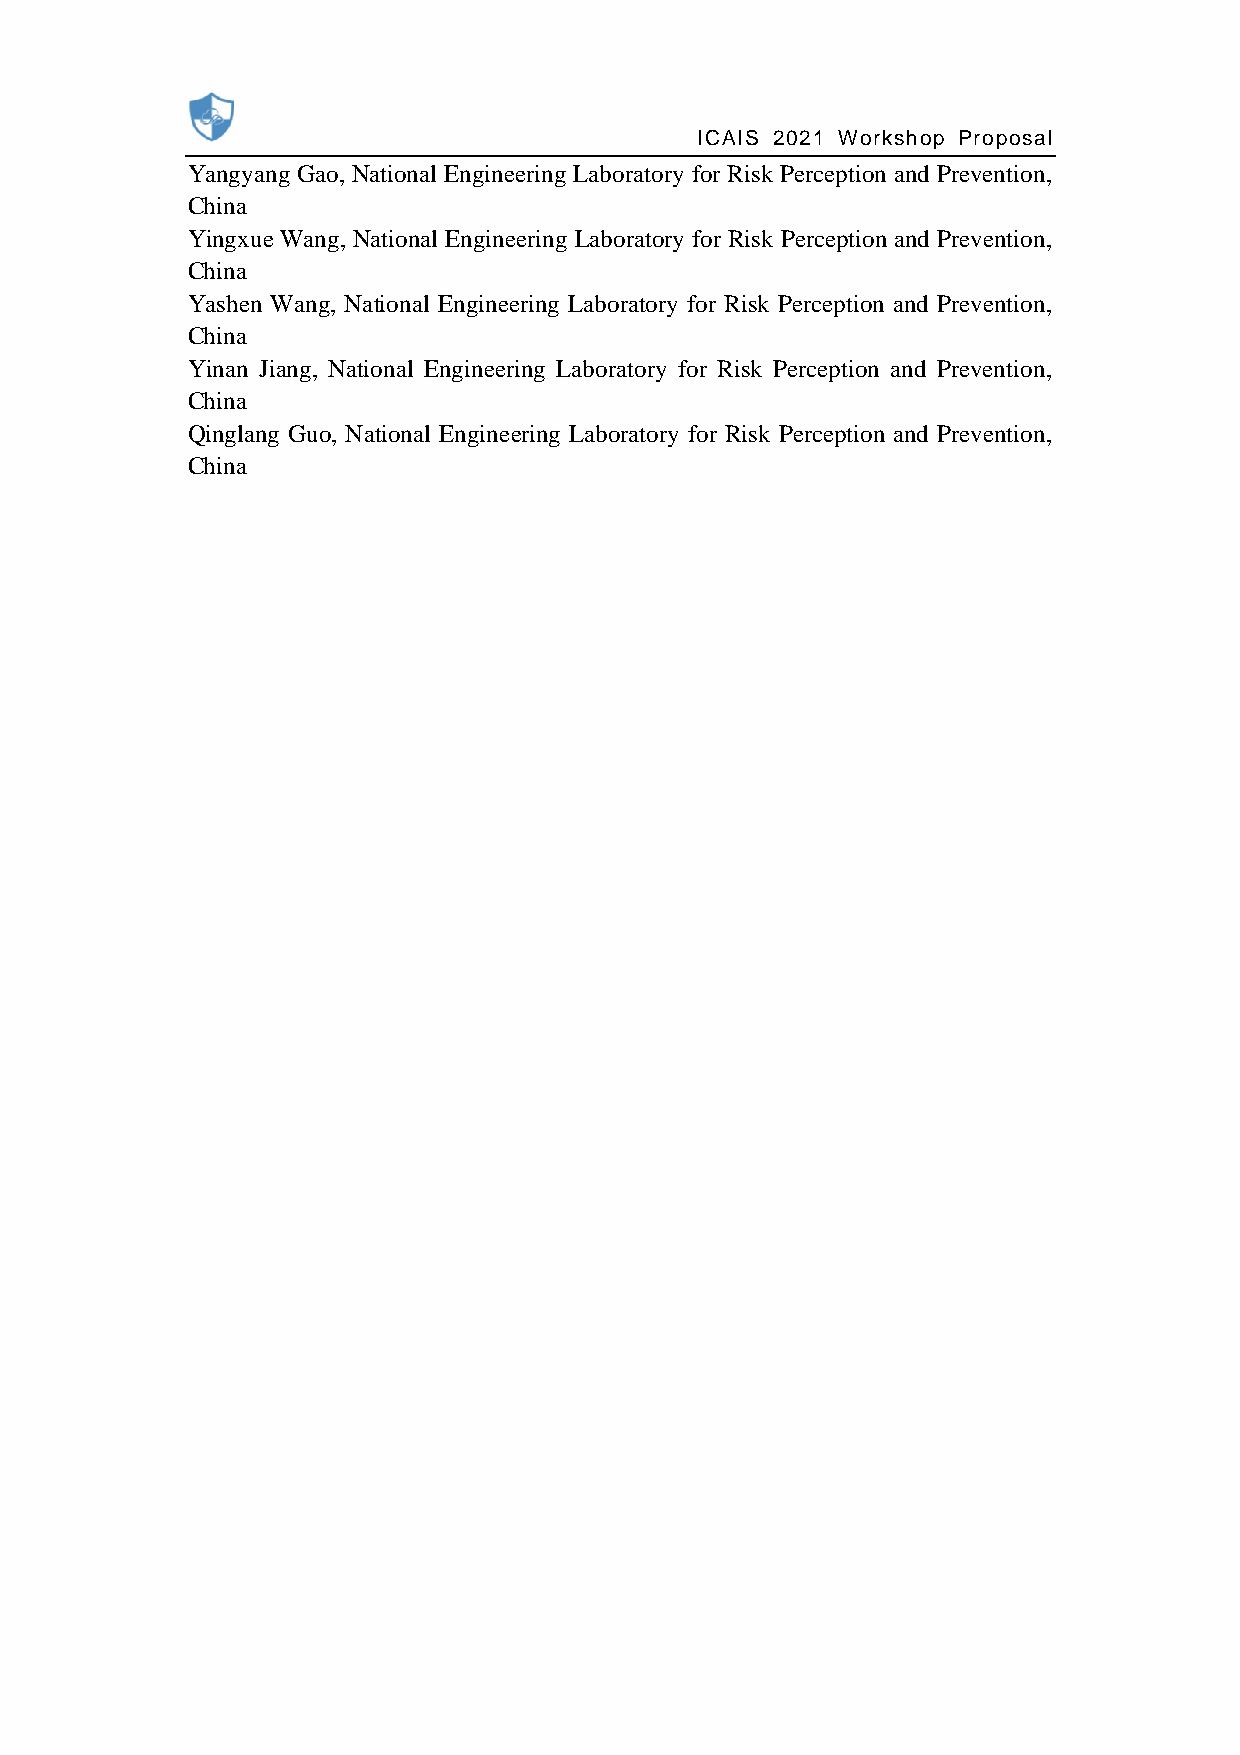
ICAIS 2021 Workshop Proposal
 Yangyang Gao, National Engineering Laboratory for Risk Perception and Prevention,
 China
 Yingxue Wang, National Engineering Laboratory for Risk Perception and Prevention,
 China
 Yashen Wang, National Engineering Laboratory for Risk Perception and Prevention,
 China
 Yinan Jiang, National Engineering Laboratory for Risk Perception and Prevention,
 China
 Qinglang Guo, National Engineering Laboratory for Risk Perception and Prevention,
 China